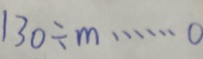
1 3 0 \div m \cdots 0